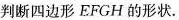
判断四边形EFGH的形状.